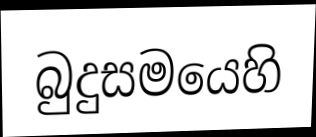
බුදුසමයෙහි